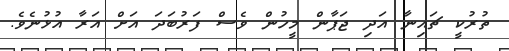
ތުރުކީ ޗައިނާ އަދި ޖަޕާން މީހުން ވެސް ފަރުބަދަ އަށް އަރާ އުޅުނެވެ.